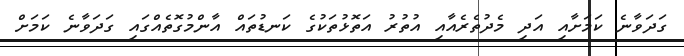
ގަދަވާނެ ކަމަށާއި އަދި މެދުތެރެއާއި އުތުރު އަތޮޅުތަކުގެ ކަނޑުތައް އާންމުގޮތެއްގައި ގަދަވާނެ ކަމަށް